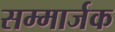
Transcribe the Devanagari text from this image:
सम्मार्जक